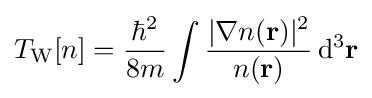
T_{\text{W}}[n]={\frac {\hbar ^{2}}{8m}}\int {\frac {|\nabla n(\mathbf {r} )|^{2}}{n(\mathbf {r} )}}\,\mathrm {d} ^{3}\mathbf {r}